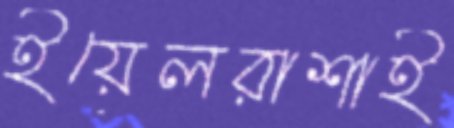
ইয়েলরাশাই